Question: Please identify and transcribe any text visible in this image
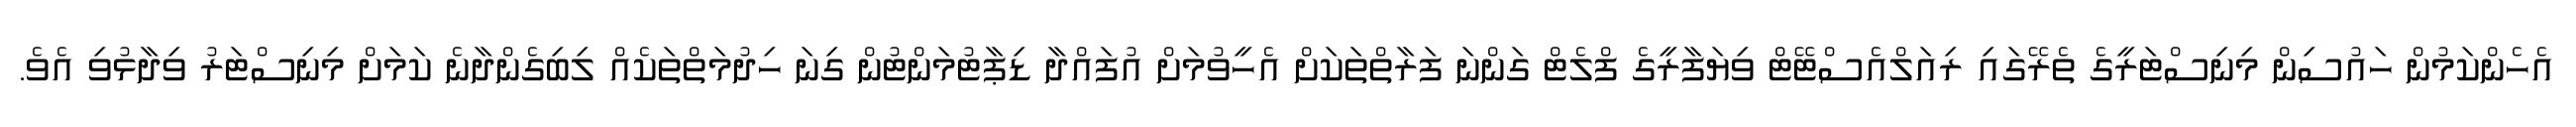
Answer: އެހެންކަމުން ހައުސިން މިނިސްޓަރީގެ ތެރޭގައި ރިއަލްއެސްޓޭޓް ވިޔަފާރީގެ ފްލެޓް ގަންނަ ފަރާތްތަކަށް އެހީވުމަށް އުފައްދާ ޑިޕާޓުމަންޓުން ގިނަ ހިދުމަތްތަކެއް ލިބިގެންދާނެ ކަމަށް މިނިސްޓަރު ވިދާޅުވި އެވެ.